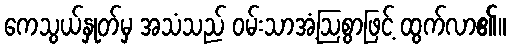
ကေသွယ်နှုတ်မှ အသံသည် ဝမ်းသာအံ့ဩစွာဖြင့် ထွက်လာ၏။